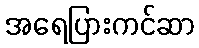
အရေပြားကင်ဆာ